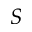
S